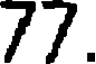
77.